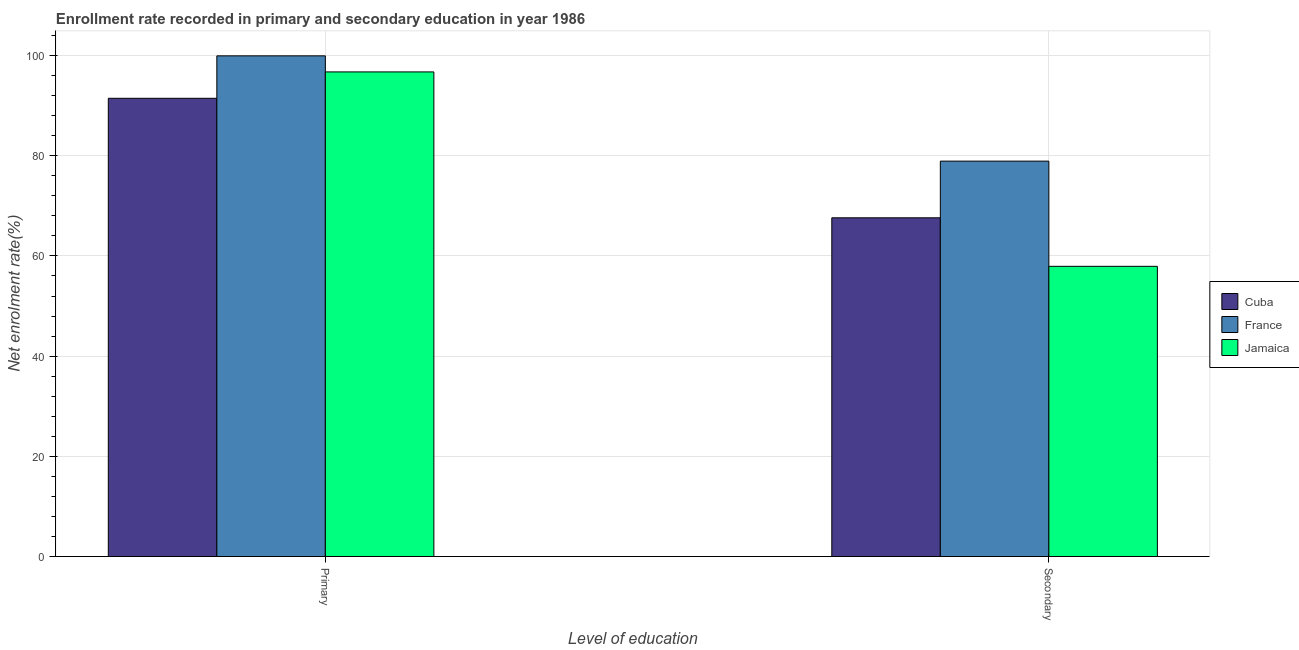
| Level of education | Cuba | France | Jamaica |
 | --- | --- | --- | --- |
 | Primary | 91.5 | 99.9 | 96.7 |
 | Secondary | 67.6 | 78.9 | 57.9 |